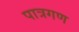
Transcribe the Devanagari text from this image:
पात्रगण